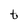
Character: t